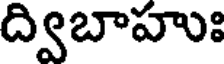
ద్విబాహుః